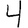
Digit: 4